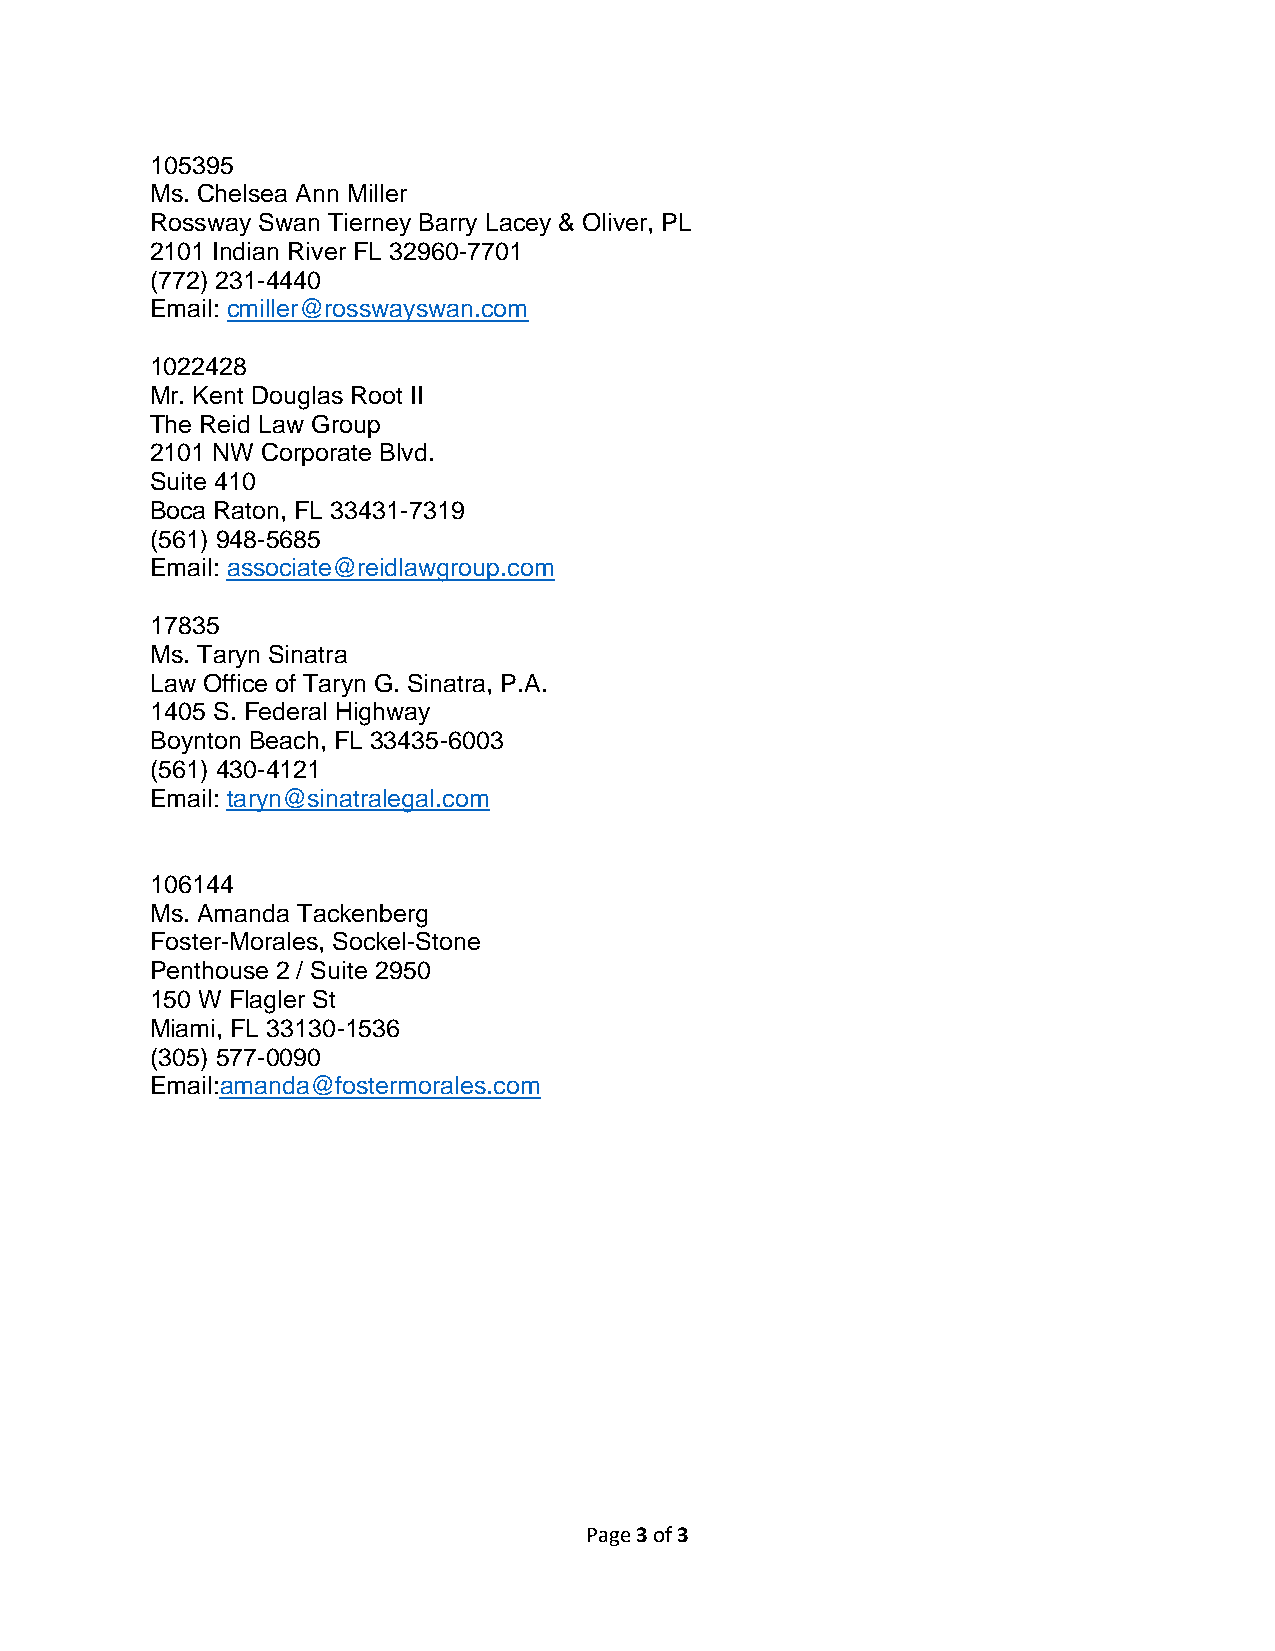
105395
 Ms. Chelsea Ann Miller
 Rossway Swan Tierney Barry Lacey & Oliver, PL
 2101 Indian River FL 32960-7701
 (772) 231-4440
 Email: cmiller@rosswayswan.com
 1022428
 Mr. Kent Douglas Root II
 The Reid Law Group
 2101 NW Corporate Blvd.
 Suite 410
 Boca Raton, FL 33431-7319
 (561) 948-5685
 Email: associate@reidlawgroup.com
 17835
 Ms. Taryn Sinatra
 Law Office of Taryn G. Sinatra, P.A.
 1405 S. Federal Highway
 Boynton Beach, FL 33435-6003
 (561) 430-4121
 Email: taryn@sinatralegal.com
 106144
 Ms. Amanda Tackenberg
 Foster-Morales, Sockel-Stone
 Penthouse 2 / Suite 2950
 150 W Flagler St
 Miami, FL 33130-1536
 (305) 577-0090
 Email:amanda@fostermorales.com
 Page 3 of 3